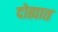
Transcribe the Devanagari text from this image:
दोह्यात